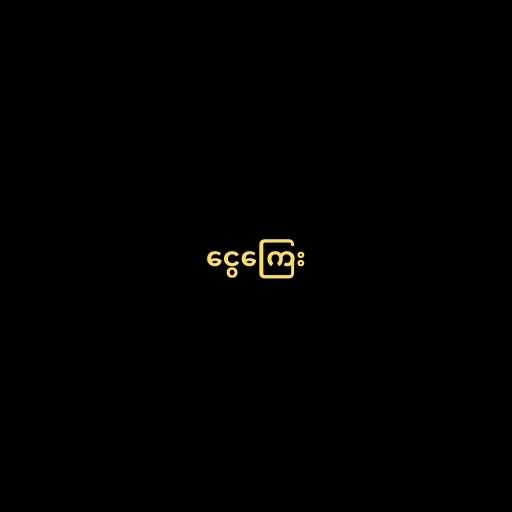
ငွေကြေး